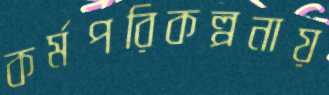
কর্মপরিকল্পনায়